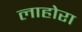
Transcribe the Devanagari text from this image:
लाहोरा